Annual statistical returns and brief notes on vaccination in Bengal - 1887-1898
Year: 1887
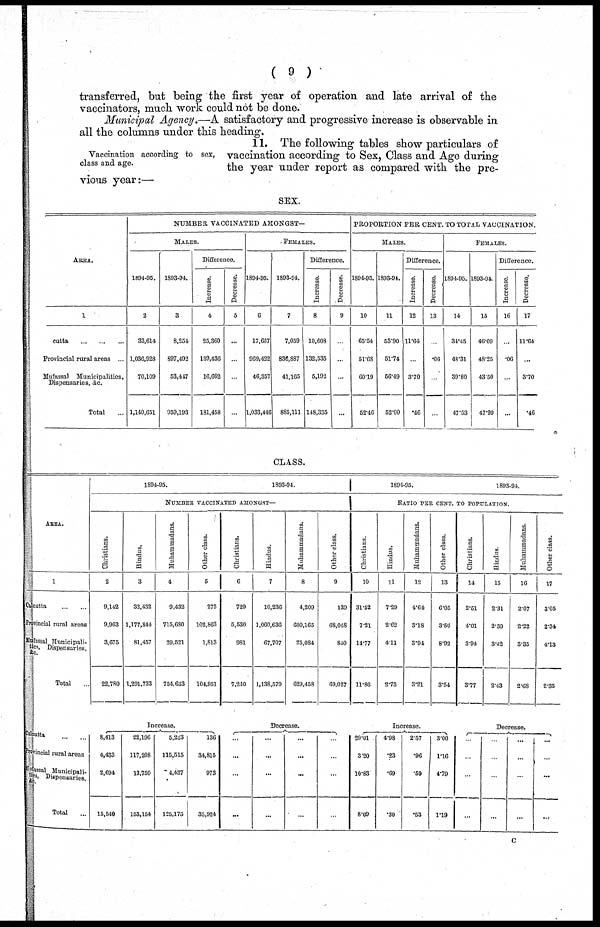
( 9 )
transferred, but being the first year of operation and late arrival of the
vaccinators, much work could not be done.
Municipal Agency.—A satisfactory and progressive increase is observable in
all the columns under this heading.
Vaccination according to sex,
class and age.
11. The following tables show particulars of
vaccination according to Sex, Class and Age during
the year under report as compared with the pre-
vious year:—
SEX.
AREA.
1
Culcutta ...
... ...
Provincial rural areas ...
Mufassal Municipalities.
Dispensaries, &c.
Total ...
NUMBER VACCINATED AMONGST-
MALES.
1894-95.
2
33,614
1,036,928
70,109
1,140,651
1893-94.
3
8,254
897,492
53,447
959,193
Difference.
Increase.
4
25,360
139,436
16,662
181,458
Decrease.
5
...
...
...
...
FEMALES.
1894-95.
6
17,667
969,422
46,357
1,033,446
1893-94.
7
7,059
836,887
41,165
885,111
Difference.
Increase.
8
10,608
132,535
5,192
148,335
Decrease.
9
...
...
...
...
PROPORTION PER CENT. TO TOTAL VACCINATION.
MALES.
1894-95.
10
65.54
51.68
60.19
52.46
1893-94.
11
53.90
51.74
56.49
52.00
Difference.
Increase.
12
11.64
...
3.70
.46
Decrease.
13
...
.06
...
...
FEMALES.
1894-95.
14
34.45
48.31
39.80
47.53
1893-94.
15
46.09
48.25
43.50
47.99
Difference.
Increase.
16
...
.06
...
...
Decrease.
17
11.64
...
3.70
.46
CLASS.
AREA.
1
Calcutta
... ...
Provincial rural areas
Mufassal Municipali-
ties Dispensaries,
&c.
Total ...
Calcutta ... ...
Provincial rural areas
Mufassal Municipali¬
ties, Dispensaries,
&c.
Total ...
1894-95.
1893-94.
NUMBER VACCINATED AMONGST—
Christians.
2
9,142
9,963
3,675
22,780
Hindus.
3
32,432
1,177,844
81,457
1,291,733
Muhammadans.
4
9,432
715,680
29,521
754,633
Other class.
5
275
102,863
1,813
104,951
Increase.
8,413
4,433
2,694
15,540
22,196
117,208
13,750
153,154
5,223
115,515
4,437
125,175
136
34,815
973
35,924
Christians.
6
729
5,530
981
7,240
Hindus.
7
10,236
1,060,636
67,707
1,138,579
Muhammadans.
8
4,209
600,165
25,084
629,458
Other class.
9
139
68,048
840
69,027
Decrease.
...
...
...
...
...
...
...
...
...
...
...
...
...
...
...
...
1894-95.
1893-94.
RATIO PER CENT. TO POPULATION.
Christians.
10
31.52
7.21
14.77
11.86
Hindus.
11
7.29
2.62
4.11
2.73
Muhammadans.
12
4.64
3.18
3.94
3.21
Other class.
13
6.05
3.50
8.92
3.54
Increase.
29.01
3.20
10.83
8.09
4.98
.23
.69
.30
2.57
.96
.59
.53
3.00
1.16
4.79
1.19
Christians.
14
2.51
4.01
3.94
3.77
Hindus.
15
2.31
2.39
3.42
2.43
Muhammadans.
16
2.07
2.22
3.35
2.68
Other class.
17
3.05
2.34
4.13
2.35
Decrease.
...
...
...
...
...
...
...
...
...
...
...
...
...
...
...
...
c